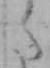
た